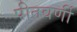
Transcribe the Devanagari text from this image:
पीतवर्णी